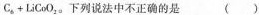
C _ { 6 } + L i C o O_ { 2 }$$。下列说法中不正确的是 （ ）